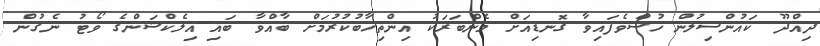
ދިއްދޫ ކައުންސިލުން ހުސްވެފައިވާ ގޮނޑިއަށް މެންބަރަކު އިންތިޚާބުކުރުމަށް ބާއްވާ ބައި-އިލެކްޝަންގެ ވޯޓު ނެގުން